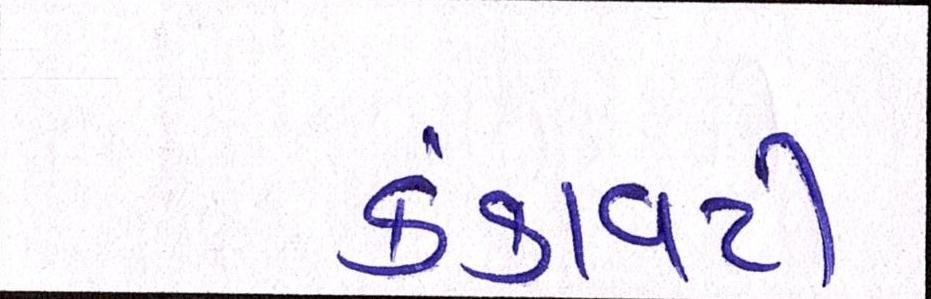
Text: કંકાવટી